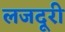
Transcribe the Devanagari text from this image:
लजदूरी